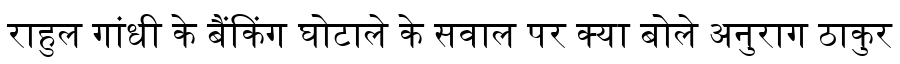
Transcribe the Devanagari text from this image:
राहुल गांधी के बैंकिंग घोटाले के सवाल पर क्या बोले अनुराग ठाकुर